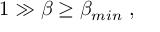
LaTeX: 1 \gg \beta \geq \beta _ { m i n } ~ ,